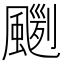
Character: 𩘛